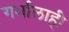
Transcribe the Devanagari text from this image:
गर्भालाही